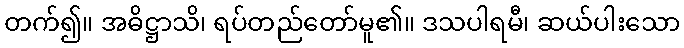
တက်၍။ အဓိဋ္ဌာသိ၊ ရပ်တည်တော်မူ၏။ ဒသပါရမီ၊ ဆယ်ပါးသော